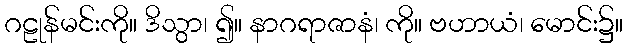
ဂဠုန်မင်းကို။ ဒိသွာ၊ ၍။ နာဂရာဇာနံ၊ ကို။ ဗဟာယံ၊ မောင်း၌။